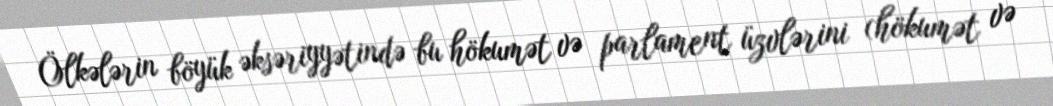
Ölkələrin böyük əksəriyyətində bu hökumət və parlament üzvlərini (hökumət və